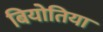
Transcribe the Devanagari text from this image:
बियोतिया